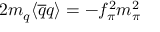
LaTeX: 2 m _ { q } \langle \overline { { { q } } } q \rangle = - f _ { \pi } ^ { 2 } m _ { \pi } ^ { 2 }